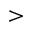
>